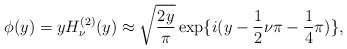
\begin{align*}\phi(y) = y H_{\nu}^{(2)}(y) \approx \sqrt{\frac{2y}{\pi}} \exp \lbrace i(y - \frac{1}{2} \nu \pi - \frac{1}{4} \pi) \rbrace,\end{align*}